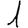
Digit: 1